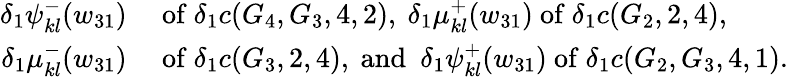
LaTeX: \begin{array}{rl}{\delta_{1}\psi_{kl}^{-}(w_{31})}&{\mathrm{~of~}\delta_{1}c(G_{4},G_{3},4,2),\ \delta_{1}\mu_{kl}^{+}(w_{31})\mathrm{~of~}\delta_{1}c(G_{2},2,4),}\\ {\delta_{1}\mu_{kl}^{-}(w_{31})}&{\mathrm{~of~}\delta_{1}c(G_{3},2,4),\mathrm{~and~}\ \delta_{1}\psi_{kl}^{+}(w_{31})\mathrm{~of~}\delta_{1}c(G_{2},G_{3},4,1).}\end{array}